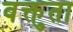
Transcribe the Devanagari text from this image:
वक्तुता